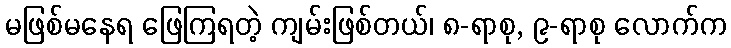
မဖြစ်မနေရ ဖြေကြရတဲ့ ကျမ်းဖြစ်တယ်၊ ၈-ရာစု, ၉-ရာစု လောက်က